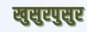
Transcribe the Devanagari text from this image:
खुसुरपुसुर